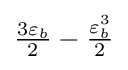
{\textstyle {\frac {3\varepsilon _{b}}{2}}-{\frac {\varepsilon _{b}^{3}}{2}}}